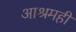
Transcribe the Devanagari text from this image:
आश्रमही